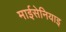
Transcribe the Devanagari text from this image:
माईसेनियाइ